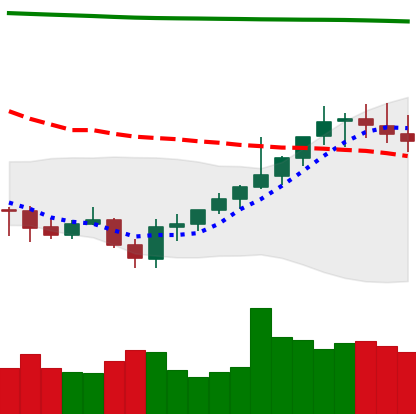
Ticker: XMR-USD
Chart end date: 2021-08-02
Forward return: 16.266%
Label: up_7plus